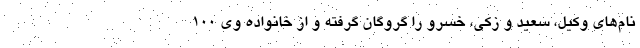
نام‌های وکیل، سعید و زکی، خسرو را گروگان گرفته و از خانواده وی ۱۰۰